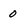
Character: 0